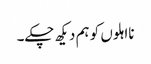
نااہلوں کو ہم دیکھ چکے۔